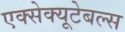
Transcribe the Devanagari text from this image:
एक्सेक्यूटेबल्स